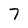
Character: 7